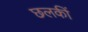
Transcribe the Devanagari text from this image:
छलकीं